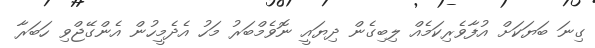
ގިނަ ބަޔަކަށް އުފާވެރިކަމެއް ލިބިގެން ދިޔައީ ނޮވެމްބަރު މަހު އެދެމީހުން އެންގޭޖްވި ހަބަރާ